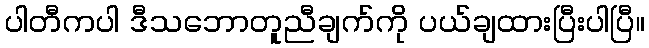
ပါတီကပါ ဒီသဘောတူညီချက်ကို ပယ်ချထားပြီးပါပြီ။